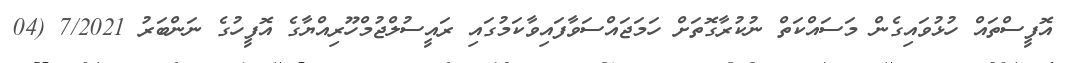
އޮފީސްތައް ހުޅުވައިގެން މަސައްކަތް ނުކުރާގޮތަށް ހަމަޖައްސަވާފައިވާކަމުގައި ރައީސުލްޖުމްހޫރިއްޔާގެ އޮފީހުގެ ނަންބަރު 7/2021 (04